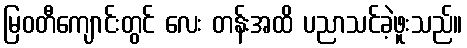
မြဝတီကျောင်းတွင် လေး တန်းအထိ ပညာသင်ခဲ့ဖူးသည်။